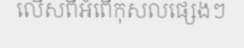
លើសពីអំពើកុសលផ្សេងៗ